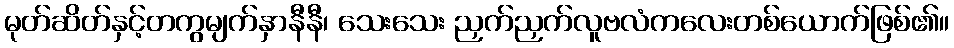
မုတ်ဆိတ်နှင့်တကွမျက်နှာနီနီ၊ သေးသေး ညှက်ညှက်လူဗလံကလေးတစ်ယောက်ဖြစ်၏။